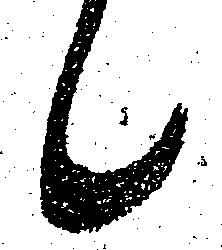
候